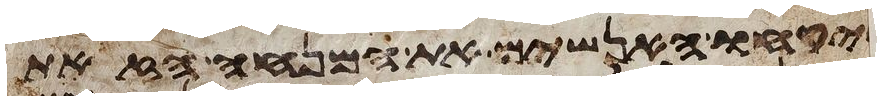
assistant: ויקחו האנשים את המנחה הזאת